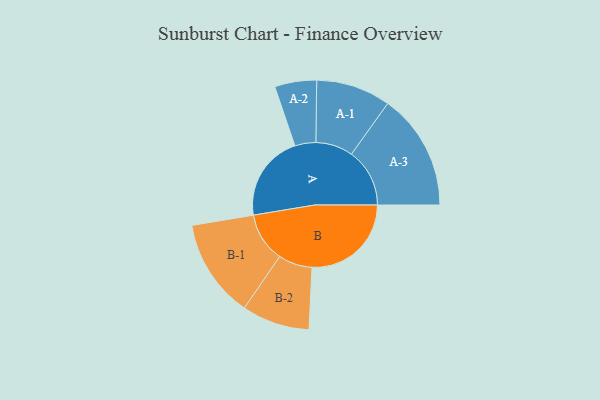
{"axis": {"x": "Segment", "y": "Value"}, "legend": ["", "A", "B"], "data": [{"x": "A", "y": 412, "type": ""}, {"x": "B", "y": 474, "type": ""}, {"x": "A-1", "y": 178, "type": "A"}, {"x": "A-2", "y": 100, "type": "A"}, {"x": "A-3", "y": 278, "type": "A"}, {"x": "B-1", "y": 236, "type": "B"}, {"x": "B-2", "y": 162, "type": "B"}]}